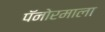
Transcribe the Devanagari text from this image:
पॅनोरमाला